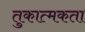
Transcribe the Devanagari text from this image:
तुकात्मकता